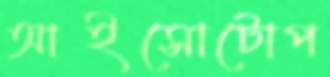
আইসোটোপ